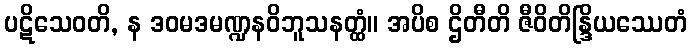
ပဋိသေဝတိ, န ဒဝမဒမဏ္ဍနဝိဘူသနတ္ထံ။ အပိစ ဌိတီတိ ဇီဝိတိန္ဒြိယဿေတံ